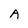
Character: A